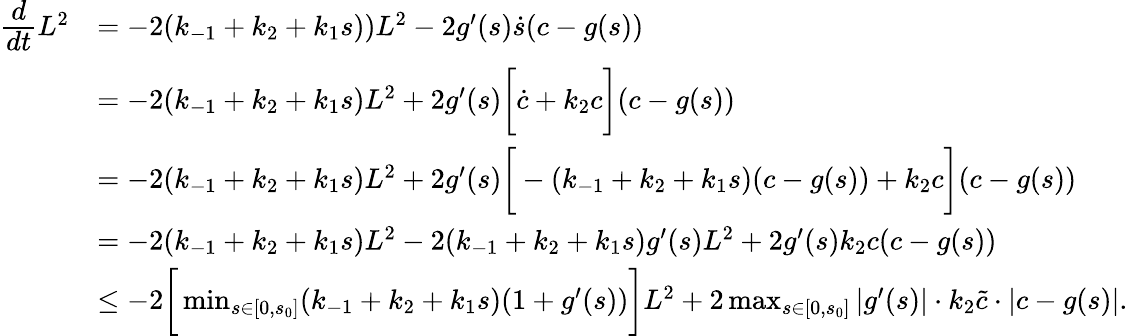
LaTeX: \begin{array}{rl}{\cfrac{d}{dt}L^{2}}&{=-2(k_{-1}+k_{2}+k_{1}s))L^{2}-2g^{\prime}(s)\dot{s}(c-g(s))}\\ &{=-2(k_{-1}+k_{2}+k_{1}s)L^{2}+2g^{\prime}(s)\bigg[\dot{c}+k_{2}c\bigg](c-g(s))}\\ &{=-2(k_{-1}+k_{2}+k_{1}s)L^{2}+2g^{\prime}(s)\bigg[-(k_{-1}+k_{2}+k_{1}s)(c-g(s))+k_{2}c\bigg](c-g(s))}\\ &{=-2(k_{-1}+k_{2}+k_{1}s)L^{2}-2(k_{-1}+k_{2}+k_{1}s)g^{\prime}(s)L^{2}+2g^{\prime}(s)k_{2}c(c-g(s))}\\ &{\leq-2\bigg[\operatorname*{min}_{s\in[0,s_{0}]}(k_{-1}+k_{2}+k_{1}s)(1+g^{\prime}(s))\bigg]L^{2}+2\operatorname*{max}_{s\in[0,s_{0}]}|g^{\prime}(s)|\cdot k_{2}\widetilde c\cdot|c-g(s)|.}\end{array}